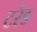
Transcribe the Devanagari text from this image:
टरेंड